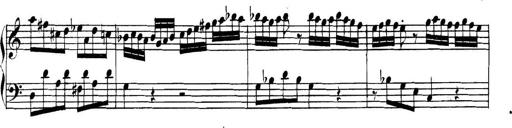
Title: Collected Piano Sonatas
Composer: Muzio Clementi